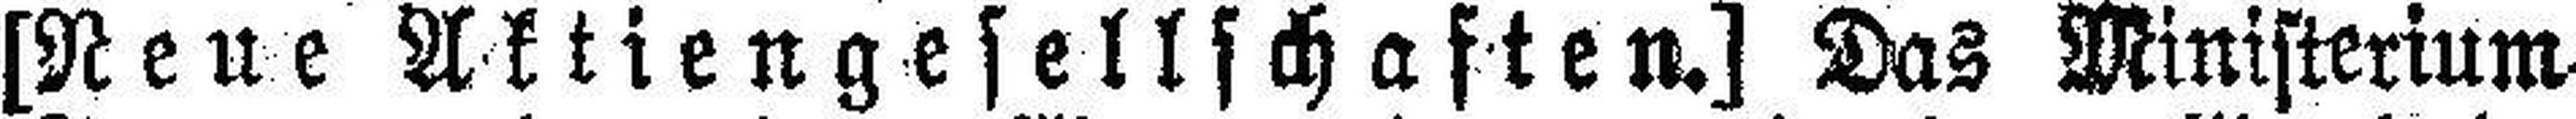
[Neue Aktiengesellschaften.] Das Ministerium